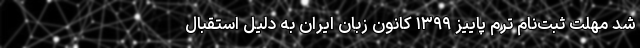
شد مهلت ثبت‌نامِ ترم پاییز ۱۳۹۹ کانون زبان ایران به دلیل استقبال